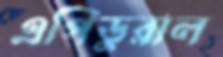
এপিডুরাল